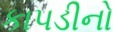
કાપડીનો